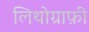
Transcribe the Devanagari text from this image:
लिथोग्राफ़ी